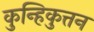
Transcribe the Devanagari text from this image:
कुन्हिकुत्तन